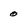
Character: 0